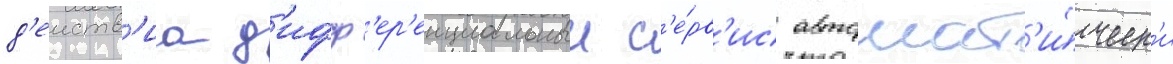
д'еиств'иа д'ифф'ер'енциальныи с'е́рв'ис автомат'и́ческ'и